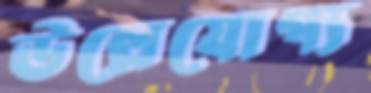
ঊল্লেযোগ্য